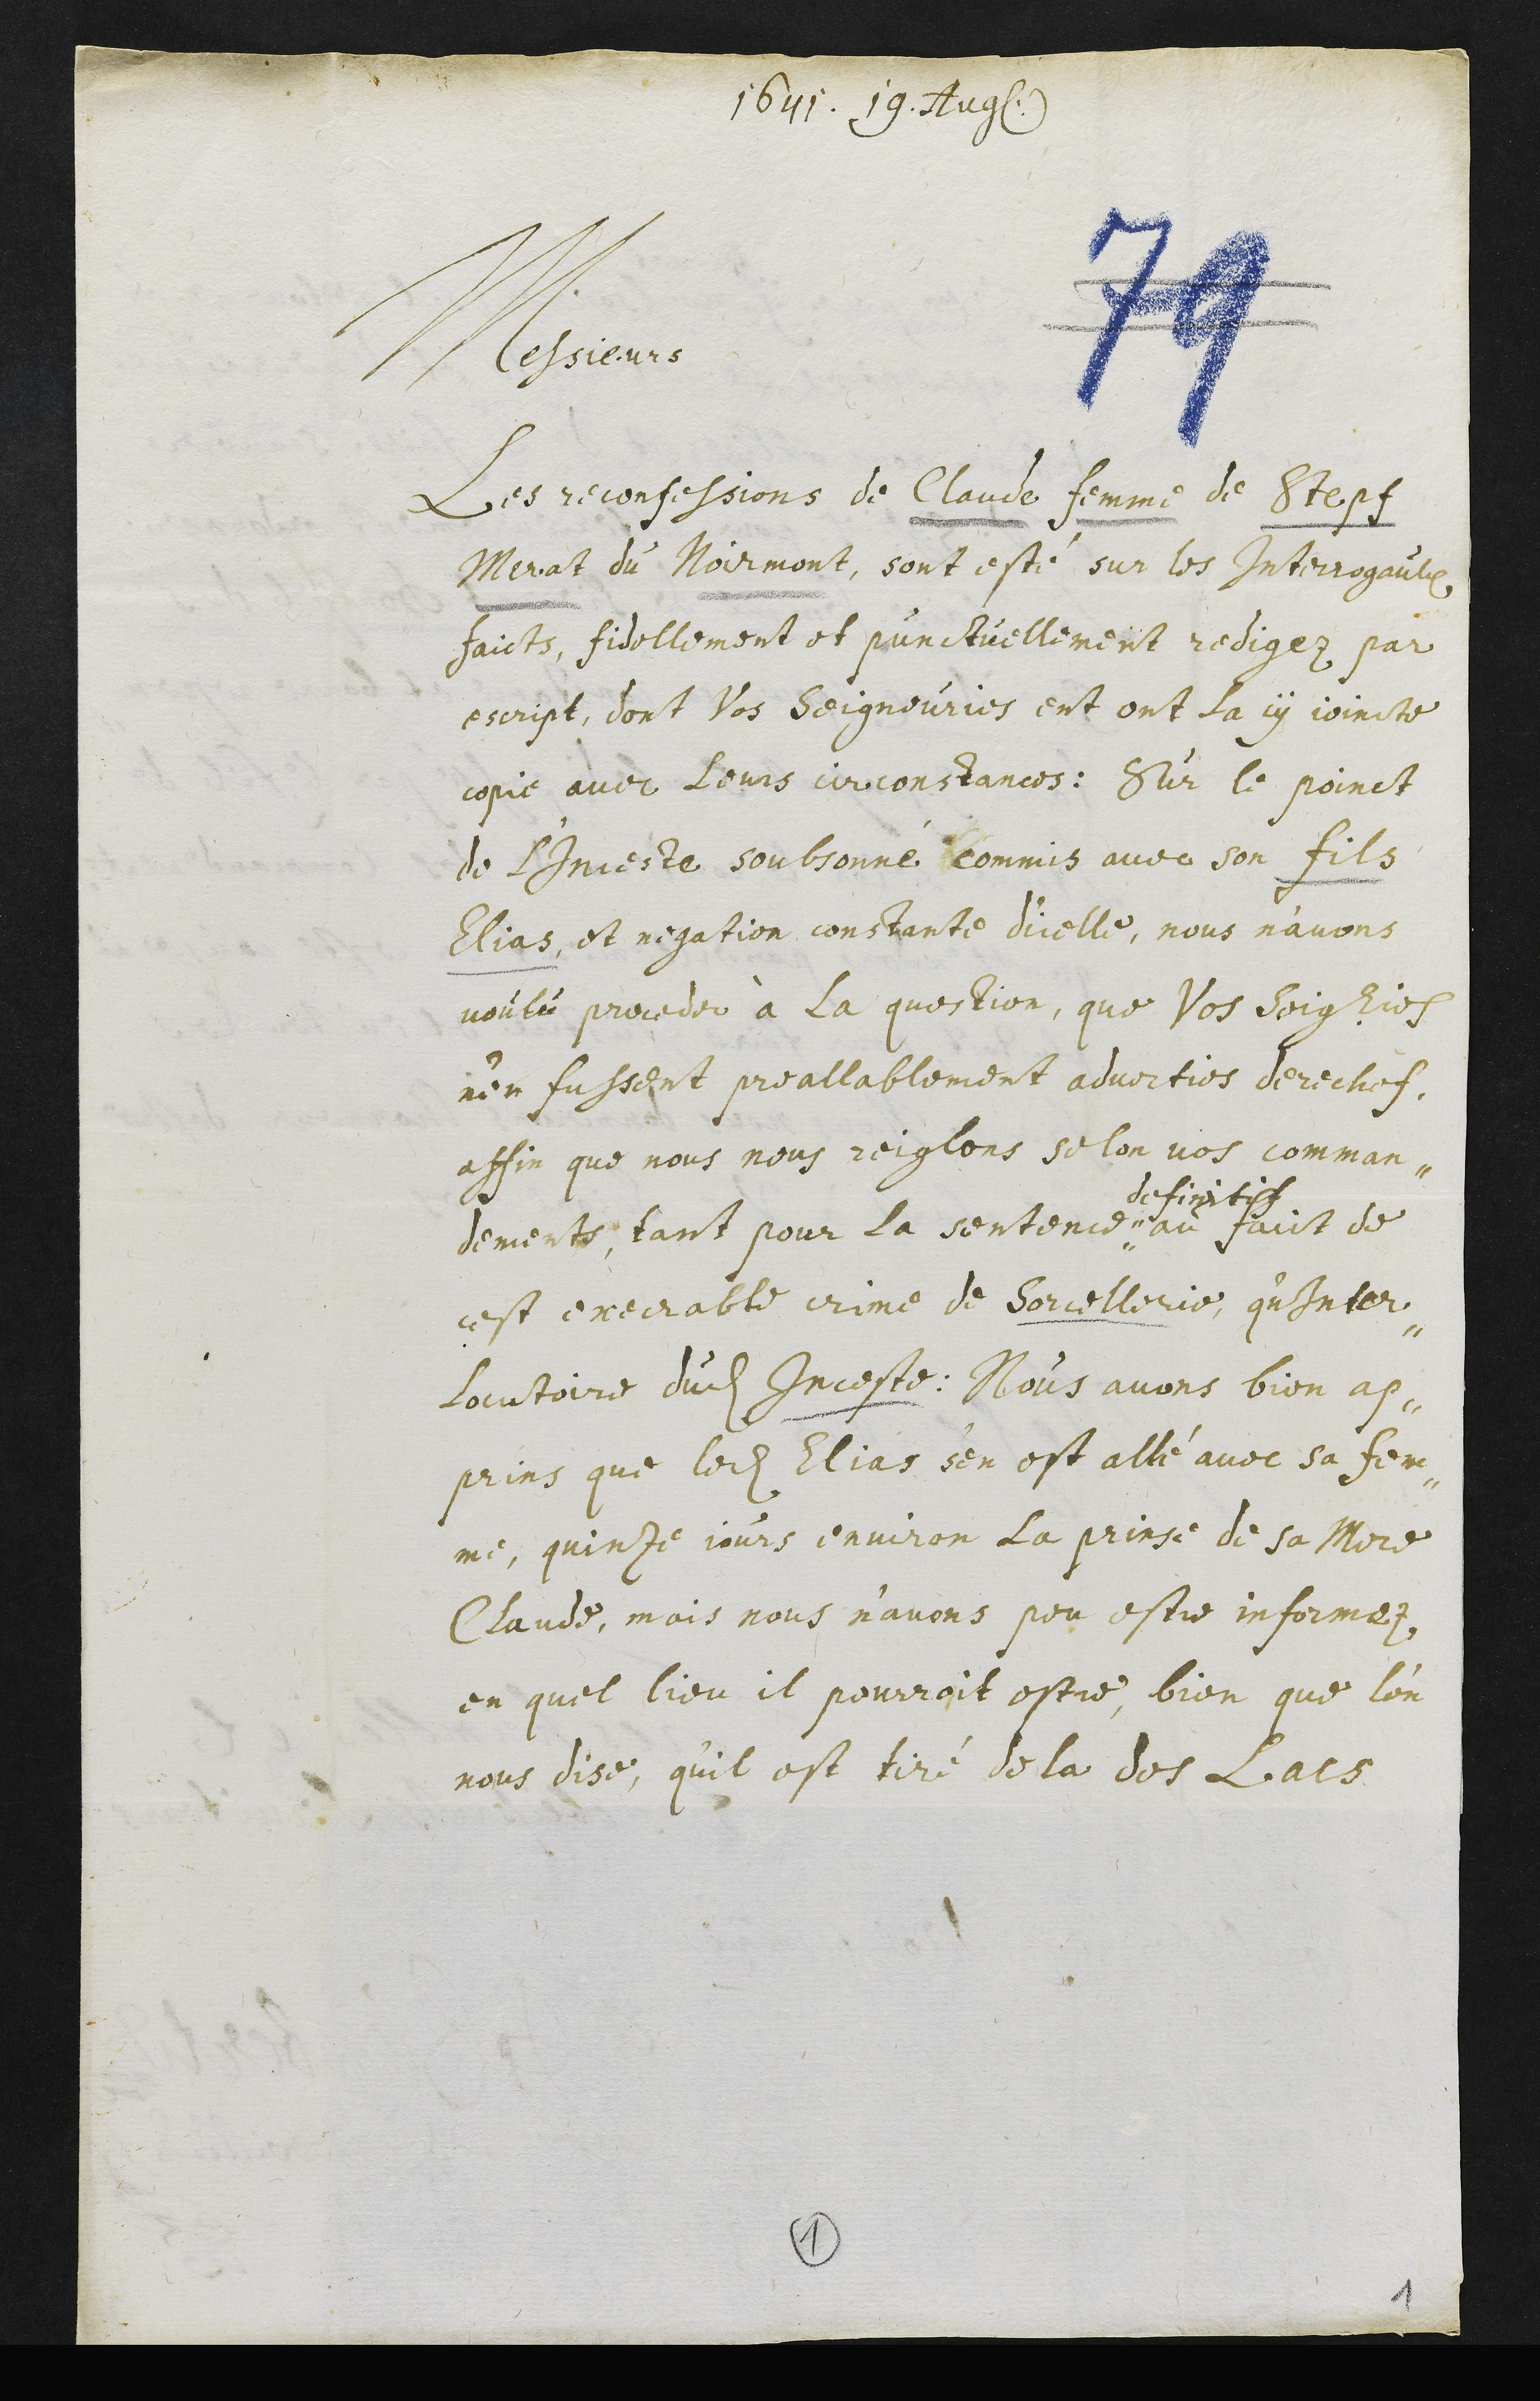
1641. 19. Aug.
Messieurs
Les reconfessions de Claude femme de Stepf
Merat du Noirmont, sont esté sur les interrogaulx
faicts, fidellement et punctuellement redigez par
escript, dont Vos Seigneuries ent ont la cy joincte
copie avec leurs circonstances, Sur le poinct
de l'Inceste soubsonné commis avec son fils,
Elias, et negation constante dicelle, nous n'avons
voulu proceder à la question, que Vos Seigneuries
n'en fussent preallablement adverties derechef
affin que nous nous reiglons selon vos comman¬
dements, tant pour la sentence
definitif
au faict de
cest execrable crime de sorcellerie, qu’inter¬
locutoire dudit Inceste. Nous avons bien ap¬
prins que ledit Elias s’en est allé avec sa fem-
me, quinze jours environ la prinse de sa Mere,
Claude, mais nous n'avons peu estre informez
en quel lieu il pourroit estre, bien que l'on
nous dise, qu’il est tiré de la dos lacs
1